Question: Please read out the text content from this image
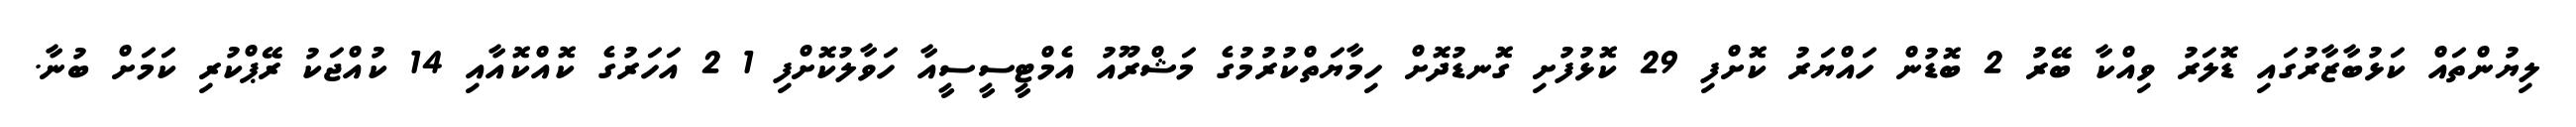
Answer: ލިޔުންތައް ކަޅުބާޒާރުގައި ޑޮލަރު ވިއްކާ ބޭރު 2 ބޮޑުން ހައްޔަރު ކޮށްފި 29 ކޮޅުފުށި ގޮނޑުދޮށް ހިމާޔަތްކުރުމުގެ މަޝްރޫއު އެމްޓީސީސީއާ ހަވާލުކޮށްފި 1 2 އަހަރުގެ ކޮއްކޮއާއި 14 ކުއްޖަކު ރޭޕްކުރި ކަމަށް ބުނާ.